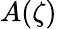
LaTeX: A(\zeta)